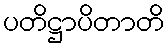
ပတိဋ္ဌာပိတာတိ